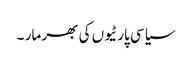
سیاسی پارٹیوں کی بھر مار ۔